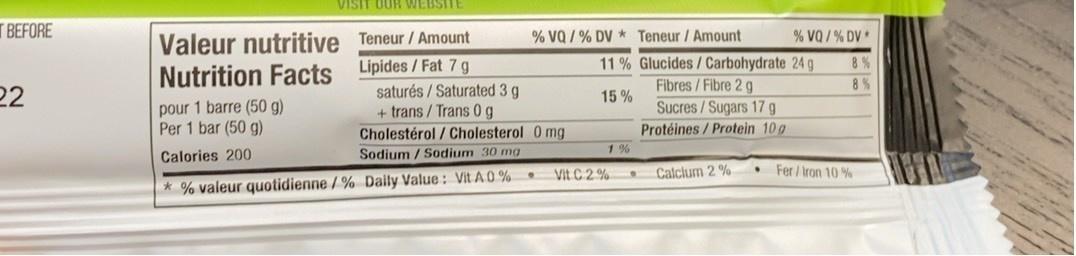
VISIT DUR WEBSITE
T BEFORE
Teneur / Amount
% vQ / % DV * Teneur / Amount
VQ/% DV*
Valeur nutritive Nutrition Facts
11 % Glucides/ Carbohydrate 24 g
8 %
Lipides /Fat 7 g saturés / Saturated 3 g + trans / Trans 0g Cholestérol /Cholesterol 0 mg Sodium / Sodium 30 mg
Fibres/Fibre 2 g
8 %
22
15 %
pour 1 barre (50 g) Per 1 bar (50 g)
Sucres/Sugars 17 g
Protéines / Protein 10 g
1 %
Calories 200
Vit C 2 %
Calclum 2 %
Fer / Iron 10 %
* % valeur quotidienne/% Daily Value: Vit A 0 % .